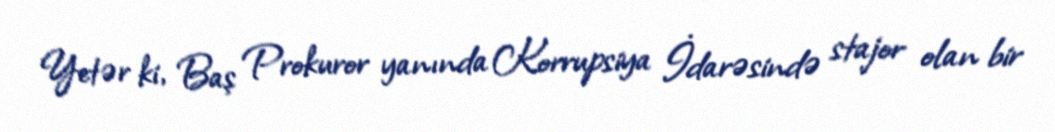
Yetər ki, Baş Prokuror yanında Korrupsiya İdarəsində stajor olan bir